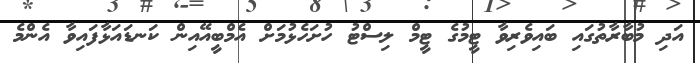
އަދި މުބާރާތުގައި ބައިވެރިވާ ޓީމުގެ ޓީމް ލިސްޓު ހުށަހެޅުމަށް އެމްބީއޭއިން ކަނޑައަޅާފައިވާ އެންމެ